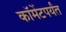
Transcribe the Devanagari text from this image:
कॉमेंटपर्यंत